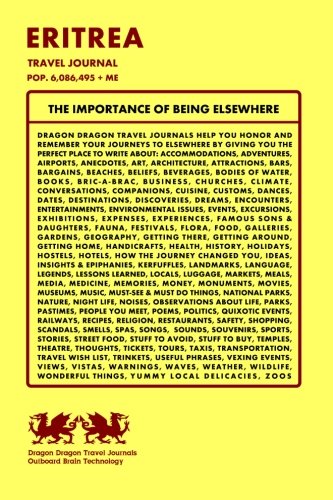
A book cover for Eritrea Travel Journal, Pop. 6,086,495 + Me; Dragon Dragon Travel Journals; Travel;